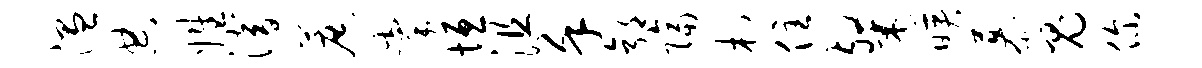
温典姓潜蔗掌垣沮堇郭隔村住粲映慕鬼你